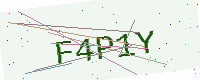
Text: F4P1Y